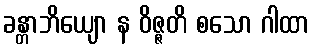
ခန္တာဘိယျော န ဝိဇ္ဇတိ စသော ဂါထာ